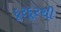
દૂરદૂરથી